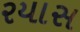
રયાસ